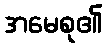
အမေစု၏